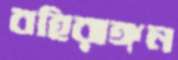
বহিরাঙ্গন